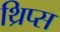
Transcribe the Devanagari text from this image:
थ्रिप्‍स